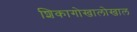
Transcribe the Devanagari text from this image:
शिकागोखालोखाल